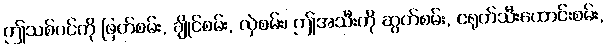
ဤသစ်ပင်ကို ဖြတ်စမ်း, ချိုင်စမ်း, လှဲစမ်း၊ ဤအသီးကို ဆွတ်စမ်း, ငရုတ်သီးထောင်းစမ်း,